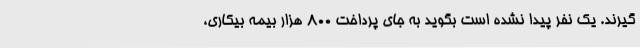
‌گیرند. یک نفر پیدا نشده است بگوید به جای پرداخت 800 هزار بیمه بیکاری،